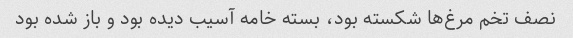
نصف تخم مرغ‌ها شکسته بود، بسته خامه آسیب دیده بود و باز شده بود